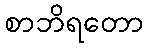
စာဘိရတော